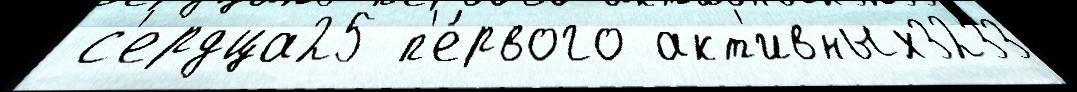
 с'ердца25 п'е́рвого акт'ивных3233